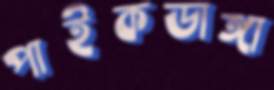
পাইকডাঙ্গা